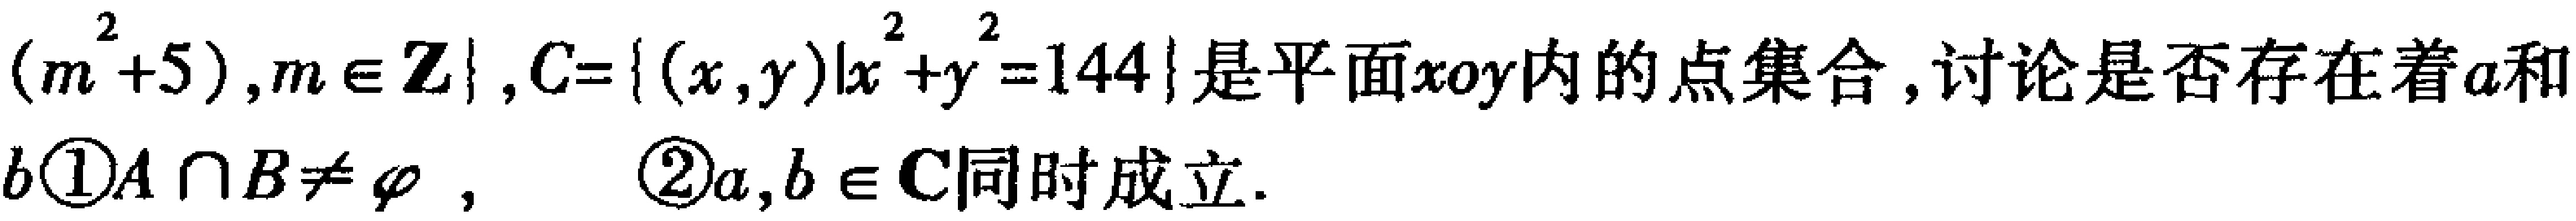
\((m^{2}+5),m\in \mathbf{Z}\},C = \{ (x,y)|x^{2}+y^{2}=144\}\)是平面\(xoy\)内的点集合，讨论是否存在着\(a\)和\(b\)\textcircled{1}\(A\cap B\neq \varnothing\)， \textcircled{2}\(a,b\in C\)同时成立.